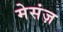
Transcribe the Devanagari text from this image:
मेसंज़